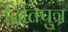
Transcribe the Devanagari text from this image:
दितिपुत्र